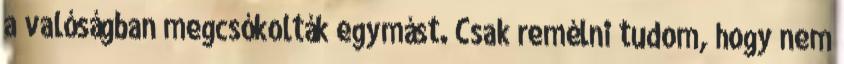
a valóságban megcsókolták egymást. Csak remélni tudom, hogy nem